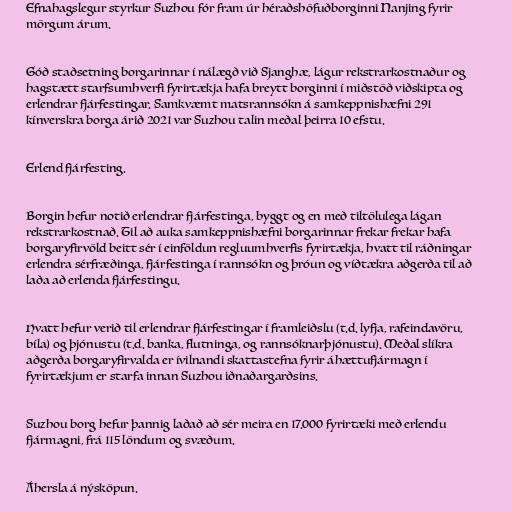
Efnahagslegur styrkur Suzhou fór fram úr héraðshöfuðborginni Nanjing fyrir
mörgum árum.

Góð staðsetning borgarinnar í nálægð við Sjanghæ, lágur rekstrarkostnaður og
hagstætt starfsumhverfi fyrirtækja hafa breytt borginni í miðstöð viðskipta og
erlendrar fjárfestingar. Samkvæmt matsrannsókn á samkeppnishæfni 291
kínverskra borga árið 2021 var Suzhou talin meðal þeirra 10 efstu.

Erlend fjárfesting.

Borgin hefur notið erlendrar fjárfestinga, byggt og en með tiltölulega lágan
rekstrarkostnað. Til að auka samkeppnishæfni borgarinnar frekar frekar hafa
borgaryfirvöld beitt sér í einföldun regluumhverfis fyrirtækja, hvatt til ráðningar
erlendra sérfræðinga, fjárfestinga í rannsókn og þróun og víðtækra aðgerða til að
laða að erlenda fjárfestingu.

Hvatt hefur verið til erlendrar fjárfestingar í framleiðslu (t.d. lyfja, rafeindavöru,
bíla) og þjónustu (t.d. banka, flutninga, og rannsóknarþjónustu). Meðal slíkra
aðgerða borgaryfirvalda er ívilnandi skattastefna fyrir áhættufjármagn í
fyrirtækjum er starfa innan Suzhou iðnaðargarðsins.

Suzhou borg hefur þannig laðað að sér meira en 17.000 fyrirtæki með erlendu
fjármagni, frá 115 löndum og svæðum.

Áhersla á nýsköpun.